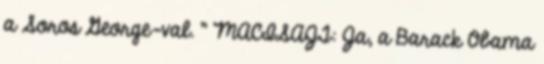
a Soros George-val. " MACISAJT: Ja, a Barack Obama